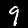
Digit: 9